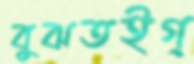
বুঝতইগ্